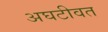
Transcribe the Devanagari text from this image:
अघटीवत